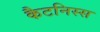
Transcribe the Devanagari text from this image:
कैटनिस्स